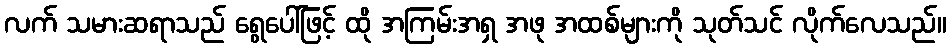
လက် သမားဆရာသည် ရွေပေါ်ဖြင့် ထို အကြမ်းအရှ အဖု အထစ်များကို သုတ်သင် လိုက်လေသည်။